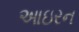
આઇરન